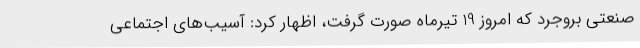
صنعتی بروجرد که امروز 19 تیرماه صورت گرفت، اظهار کرد: آسیب‌های اجتماعی